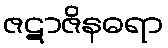
ဇဋာဇိနဓရာ